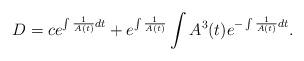
LaTeX: \begin{align*} D=c e^{\int \frac{1}{A(t)}dt } + e^{\int \frac{1}{A(t)}} \int A^3(t) e^{- \int \frac{1}{A(t)} dt}.\end{align*}